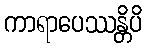
ကာရာပေဿန္တိပိ